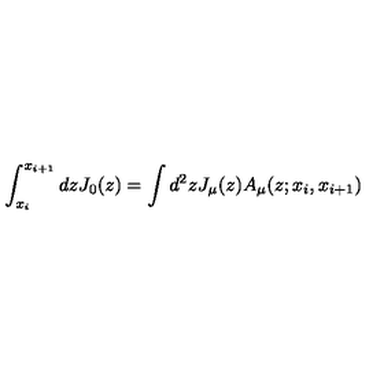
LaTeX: \int _ { x _ { i } } ^ { x _ { i + 1 } } d z J _ { 0 } ( z ) = \int d ^ { 2 } z J _ { \mu } ( z ) A _ { \mu } ( z ; x _ { i } , x _ { i + 1 } )